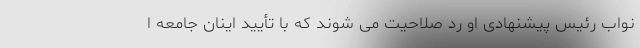
نواب رئیس پیشنهادی او رد صلاحیت می شوند که با تأیید اینان جامعه ا